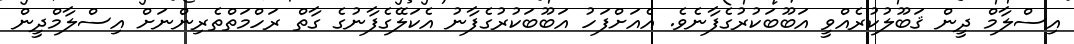
އިސްލާމް ދީން ޤަބޫލުކުރެއްވީ އަބޫބަކުރުގެފާނެވެ. އެއަށްފަހު އަބޫބަކުރުގެފާނު އެކަލޭގެފާނުގެ ގާތް ރަހްމަތްތެރިންނަށް އިސްލާމްދީން